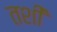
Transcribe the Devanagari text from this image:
तशीं